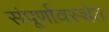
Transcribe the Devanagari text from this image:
संंपूर्णावस्थेत